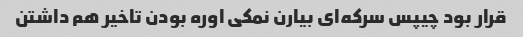
قرار بود چیپس سرکه‌ای بیارن نمکی اوره بودن تاخیر هم داشتن